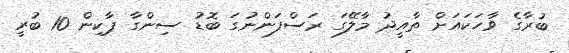
ބުރާގެ ވާހަކައަށް ތާއީދު މާލޭގަ ރަސްފަންނުގަ ބޮޑު ސިންގާ ޕާކިން 10 ބުރީ